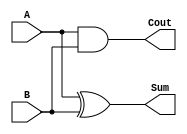
module half_adder (Cout, Sum, A, B);

   input A,B;
   output Sum,Cout;

   xor xor1(Sum,A,B);
   and and1(Cout,A,B);

endmodule // ha


module full_adder (Cout, Sum, A, B, Cin);

   input A,B,Cin;
   output Sum,Cout;
   wire S1,C1,C2;

   half_adder ha1(C1,S1,A,B);
   half_adder ha2(C2,Sum,S1,Cin);
   or or1(Cout,C1,C2);

endmodule // fa

module specialized_half_adder (Cout, Sum, A, B);

   input A,B;
   output Sum,Cout;

   assign Cout = A | B;
   assign Sum = !(A ^ B);
   
endmodule // sha

module reduced_full_adder (Cout, A, B, Cin);
   
   input A,B,Cin;
   output Cout;

   assign Cout = (A&(B|Cin)) | (B&Cin);

endmodule // reduced_full_adder